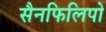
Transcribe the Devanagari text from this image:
सैनफिलिपो